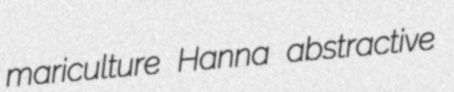
mariculture Hanna abstractive